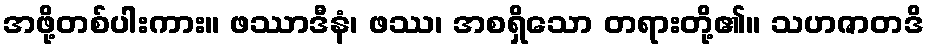
အဖို့တစ်ပါးကား။ ဖဿာဒီနံ၊ ဖဿ၊ အစရှိသော တရားတို့၏။ သဟဇာတဒိ